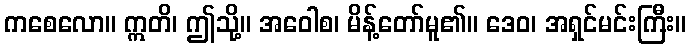
ကစေလော။ ဣတိ၊ ဤသို့။ အဝေါစ၊ မိန့်တော်မူ၏။ ဒေဝ၊ အရှင်မင်းကြီး။